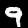
Digit: 9